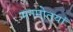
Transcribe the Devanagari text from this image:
मनमोतयां